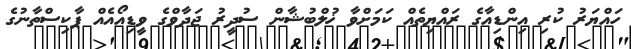
ހައްޔަރު ކުރި އިންޑިއާގެ ރައްޔިތެއް ކަމަށްވާ ޚުލްބުޝާން ސުދީރު ޖަދާވްގެ ވީޑިއޯއެއް ޕާކިސްތާނުގެ